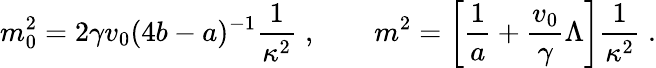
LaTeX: m_{0}^{2}=2\gamma v_{0}(4b-a)^{-1}\frac{1}{\kappa^{2}}\; ,\qquad m^{2}=\left[\frac{1}{a}+\frac{v_{0}}{\gamma}\Lambda\right]\frac{1}{\kappa^{2}}\; .